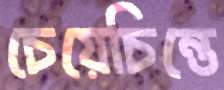
চেয়েচিন্তে